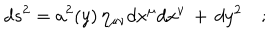
d s ^ { 2 } = a ^ { 2 } ( y ) \, \eta _ { \mu \nu } d x ^ { \mu } d x ^ { \nu } \, + \, d y ^ { 2 } \quad ;